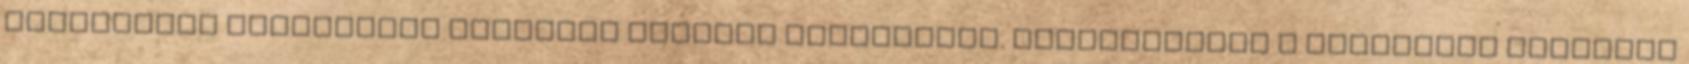
másodrendű tudományos irodalom kevéssé megbízható. Mindamellett a kiterjedt irodalmi